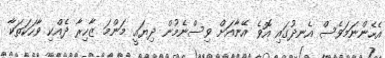
އެހެންނަމަވެސް އެނދުގައި އޮވެ އޭނާއަށް ވިސްނެމުން ދިޔައީ މަންމަ ޒާހިރާ ދެއްކި ވާހަކަތަކާ